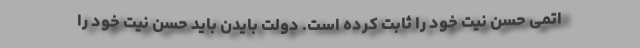
اتمی حسن نیت خود را ثابت کرده است‌. دولت بایدن باید حسن نیت خود را